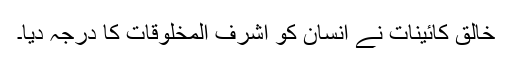
خالق کائینات نے انسان کو اشرف المخلوقات کا درجہ دیا۔